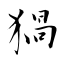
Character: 猧